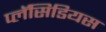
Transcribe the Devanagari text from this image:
प्लॅसिडियस